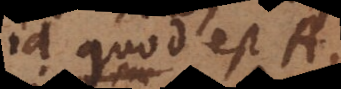
id quod est A,